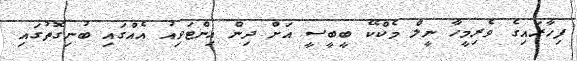
ފިހާރައިގެ ވެރިމީހާ ނީލް މެކްކޭ ބީބީސީ އަށް ދިން އިންޓަވިއު އެއްގައި ބުނިގޮތުގައި